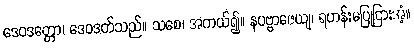
ဒေဝဒတ္တော၊ ဒေဝဒတ်သည်။ သစေ၊ အကယ်၍။ နပဗ္ဗာဇေယျ၊ ရဟန်းမပြုငြားအံ့။